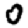
Digit: 0